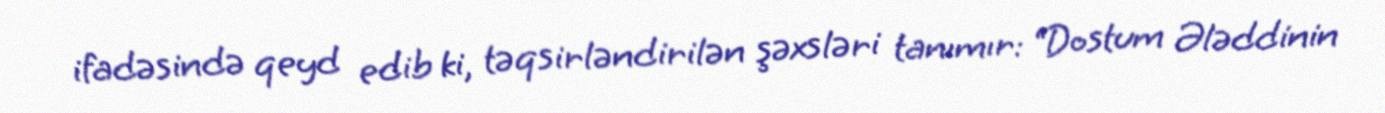
ifadəsində qeyd edib ki, təqsirləndirilən şəxsləri tanımır: “Dostum Ələddinin